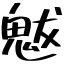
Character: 魃